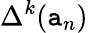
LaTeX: \Delta^{k}(\mathtt{a}_{n})